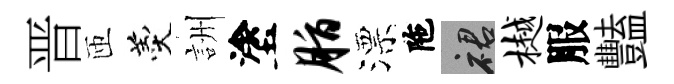
晋匝羹詶塗脂漂陁裙樾服豔